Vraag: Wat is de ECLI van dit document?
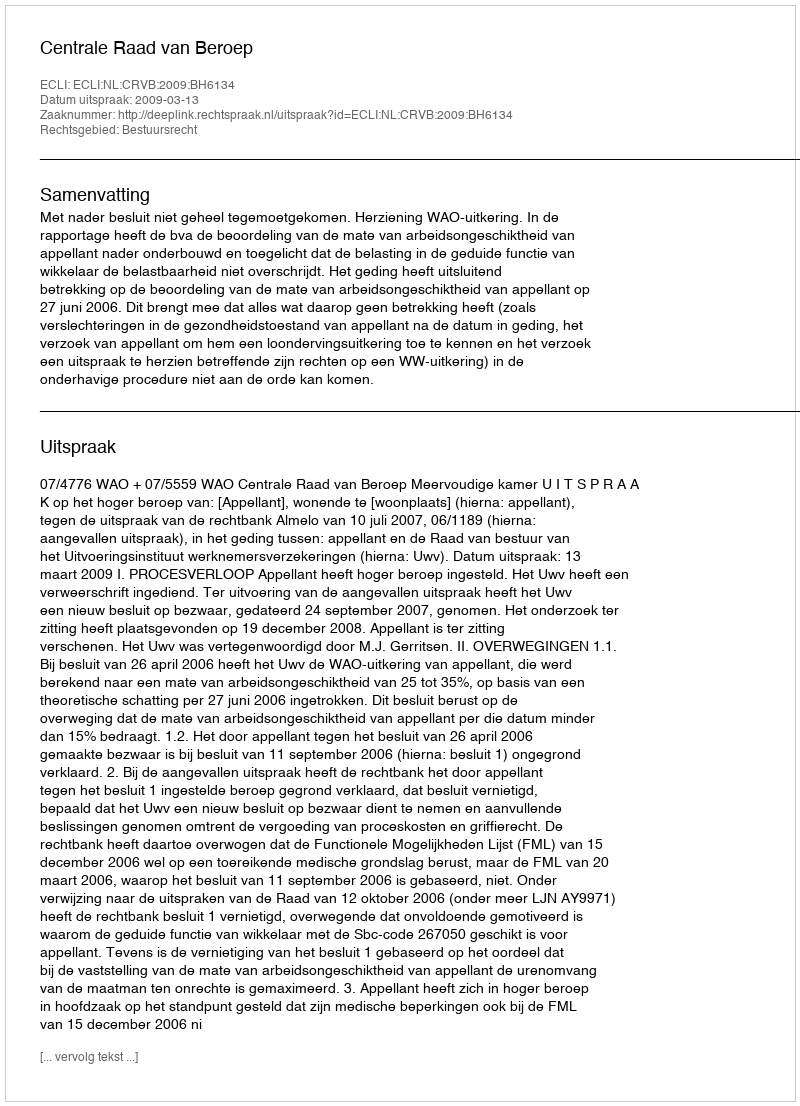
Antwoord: ECLI:NL:CRVB:2009:BH6134